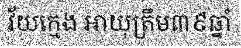
វ័យក្មេង អាយុត្រឹម៣៩ឆ្នាំ